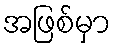
အဖြစ်မှာ